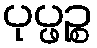
ပုပ္ဖဉ္စ